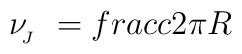
\nu_{\!_J}\ = \\frac{c}{2\pi R}\vspace{.50ex}